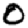
Digit: 0